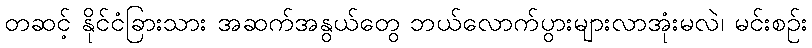
တဆင့် နိုင်ငံခြားသား အဆက်အနွယ်တွေ ဘယ်လောက်ပွားများလာအုံးမလဲ၊ မင်းစဉ်း